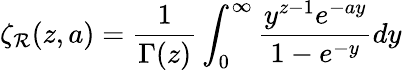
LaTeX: \zeta_{\mathcal{R}}(z,a)={\frac{{1}}{{\Gamma(z)}}}\int_{0}^{\infty}{\frac{{y^{z-1}e^{-ay}}}{{1-e^{-y}}}}dy